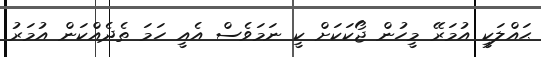
ޙައްލަކީ އުމަރޭ މީހުން ޖޯކަކަށް ކީ ނަމަވެސް އެއީ ހަމަ ތެދެއްކަން އުމަރު